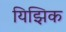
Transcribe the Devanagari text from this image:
यिझिक